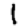
Digit: 1